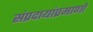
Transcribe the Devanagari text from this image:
संप्रदायांप्रमाणो